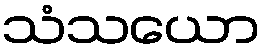
သံသယော